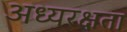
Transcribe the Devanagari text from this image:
अध्यरक्षता